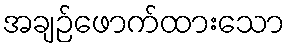
အချဉ်ဖောက်ထားသော